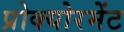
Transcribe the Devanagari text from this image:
प्रोक्योरमेंट